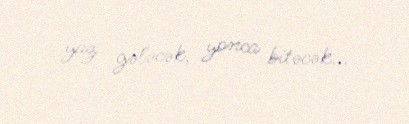
yaz gələcək, yonca bitəcək...